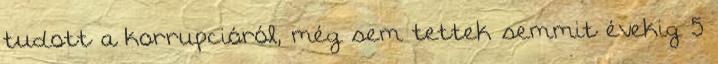
tudott a korrupcióról, még sem tettek semmit évekig 5